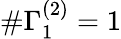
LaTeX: \# \Gamma_{1}^{(2)}=1